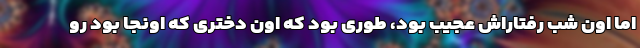
اما اون شب رفتاراش عجیب بود، طوری بود که اون دختری که اونجا بود رو